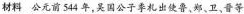
材料 公元前544年，吴国公子季札出使鲁，郑、卫、晋等